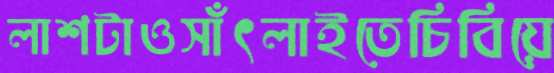
লাশটাওসাঁৎলাইতেচিবিয়ে